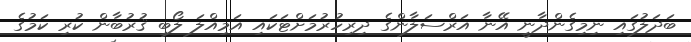
ބަދަލުގައި ނިމިގެންދާނީ އޭނާ އަރްސަލާންގެ ދިރިހުރުމަށްޓަކައި އަމިއްލަ ލޯބި ޤުރުބާން ކުރި ކަމުގެ